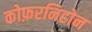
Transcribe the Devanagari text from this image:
कोफ़रनिहोन